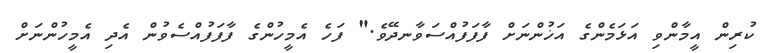
ކުރިން އީމާންވި އަޅަމެންގެ އަޚުންނަށް ފާފަފުއްސަވާނދޭވެ." ފަހެ އެމީހުންގެ ފާފަފުއްސެވުން އެދި އެމީހުންނަށް